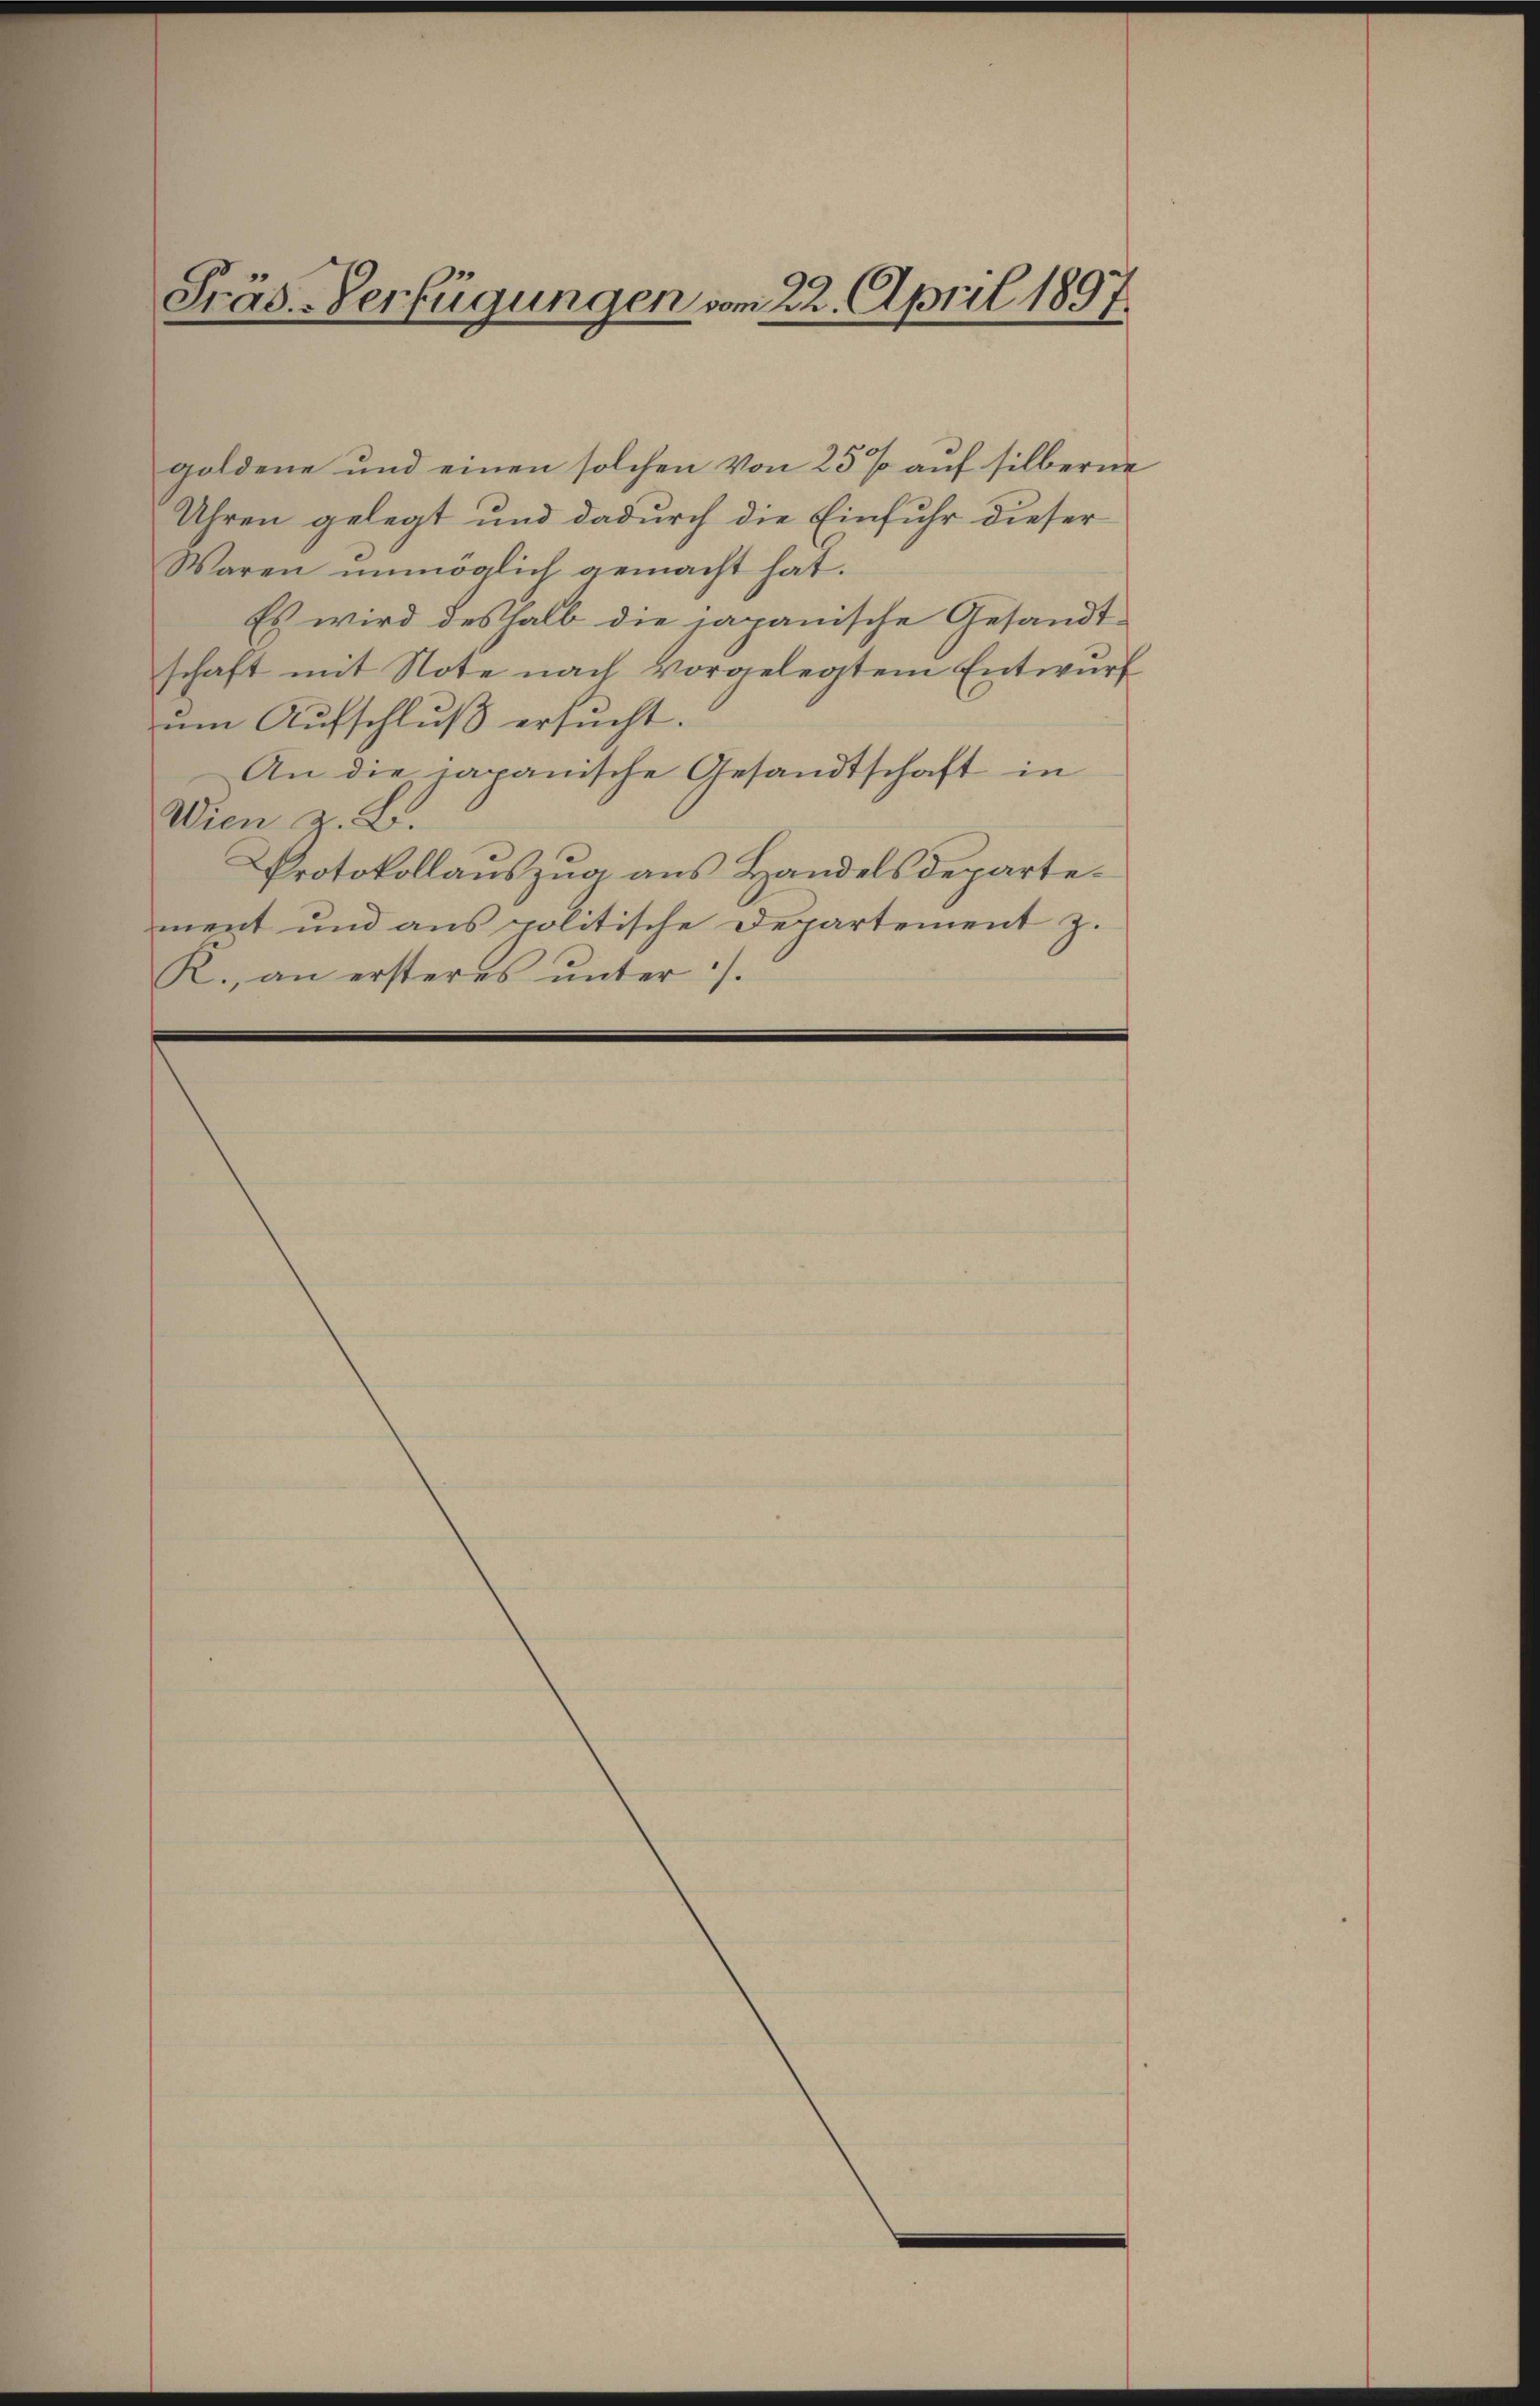
goldene und einen solchen von 25% auf silberne
Uhren gelegt und dadurch die Einfuhr dieser
Waren unmöglich gemacht hat.
Es wird deshalb die japanische Gesandt-
schaft mit Note nach vorgelegtem Entwurf
um Aufschluß ersucht.
An die japanische Gesandtschaft in
Wien z. B.
Protokollaŭszŭg ans Handelsdepartement und ans politische Departement z.
R., an ersteres ŭnter /.

Präs.-Verfügungen vom 22. April 1897.